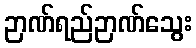
ဉာဏ်ရည်ဉာဏ်သွေး